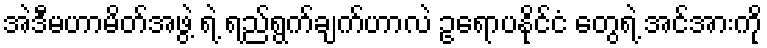
အဲဒီမဟာမိတ်အဖွဲ့ ရဲ့ ရည်ရွက်ချက်ဟာလဲ ဥရောပနိုင်ငံ တွေရဲ့ အင်အားကို